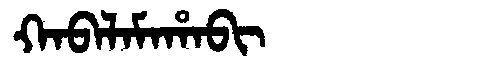
Manchu: ᡴᠠᠪᠠᠯᠠᠮᠠᡥᠠᠪᡳ
Romanization: KABALAMAHABI